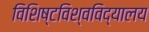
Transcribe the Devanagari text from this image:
विशिष्टविश्वविद्यालय